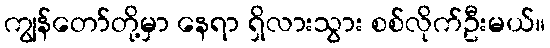
ကျွန်တော်တို့မှာ နေရာ ရှိလားသွား စစ်လိုက်ဦးမယ်။